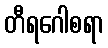
တီရဂေါစရာ